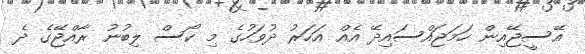
އޭސީޖޭއިން ހަމަޖައްސައިދޭ އެއް އަހަރު ދުވަހުގެ މި ކޯސް ލިބުނު ރާއްޖޭގެ ދެ